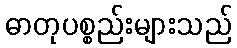
ဓာတုပစ္စည်းများသည်